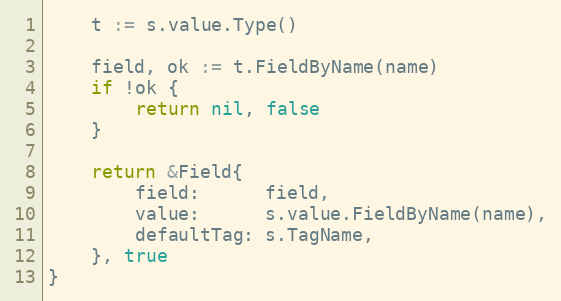
Language: Go
	t := s.value.Type()

	field, ok := t.FieldByName(name)
	if !ok {
		return nil, false
	}

	return &Field{
		field:      field,
		value:      s.value.FieldByName(name),
		defaultTag: s.TagName,
	}, true
}